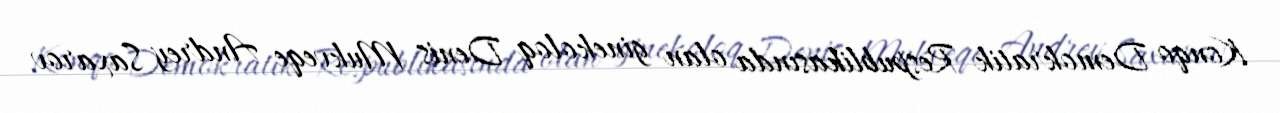
Konqo Demokratik Respublikasında olan ginekoloq Denis Mukveqe Andrey Saxarov